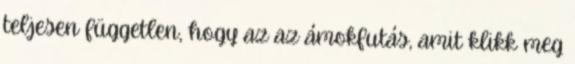
teljesen független, hogy az az ámokfutás, amit klikk meg